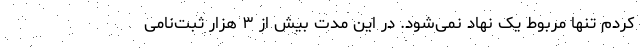
کردم تنها مربوط یک نهاد نمی‌شود. در این مدت بیش از ۳ هزار ثبت‌نامی